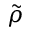
\tilde { \rho }